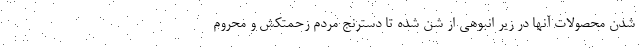
شدن محصولات آنها در زیر انبوهی از شن شده تا دسترنج مردم زحمتکش و محروم